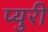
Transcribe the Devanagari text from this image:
प्युरी